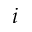
i